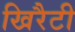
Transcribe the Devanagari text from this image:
खिरैटी